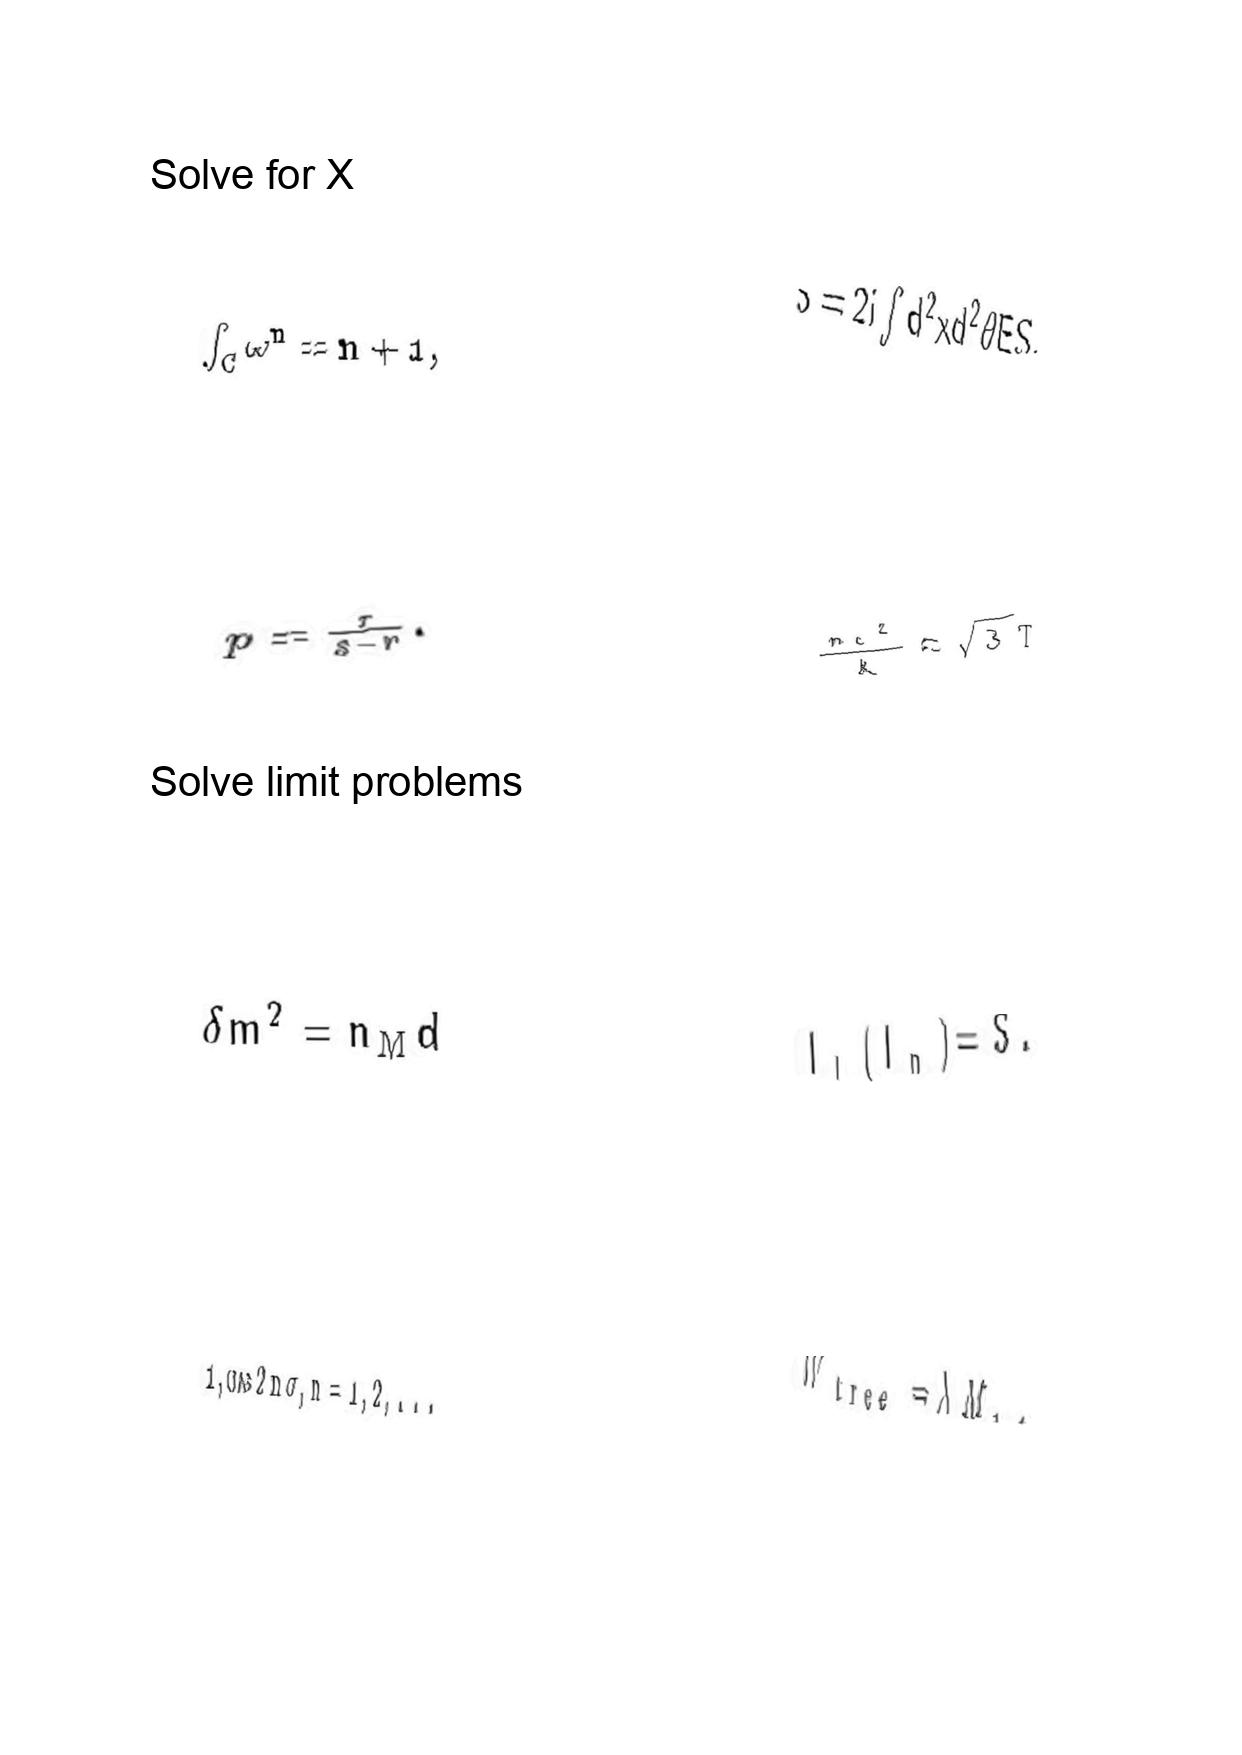
LaTeX transcription:
\int _ { C } \omega ^ { n } = n + 1 ,
p = \frac { r } { s - r } .
\delta m ^ { 2 } = n _ { \mathrm { M } } d
1 , \cos 2 n \sigma , n = 1 , 2 , . . .
S = 2 i \int d ^ { 2 } x d ^ { 2 } \theta E S .
\frac { m c ^ { 2 } } { k } \approx \sqrt { 3 } T
I _ { l } \lparen I _ { n } \rparen = S .
W _ { \mathrm { t r e e } } = \lambda M _ { 1 } .